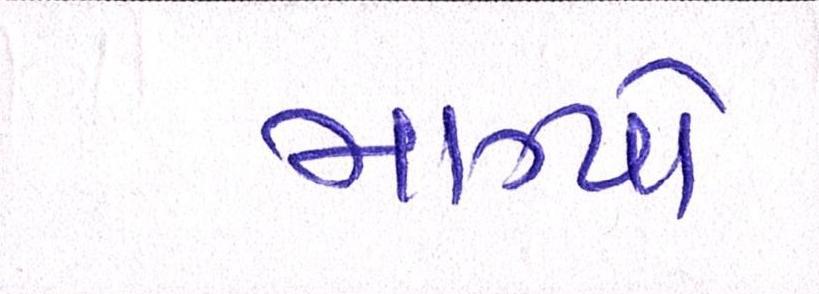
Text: માગ્યો